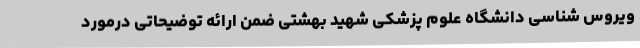
ویروس شناسی دانشگاه علوم پزشکی شهید بهشتی ضمن ارائه توضیحاتی درمورد